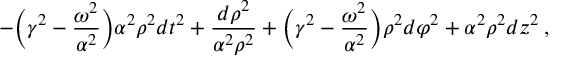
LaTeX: - { \biggl ( } \gamma ^ { 2 } - \frac { \omega ^ { 2 } } { \alpha ^ { 2 } } { \biggr ) } \alpha ^ { 2 } \rho ^ { 2 } d t ^ { 2 } + \frac { d \rho ^ { 2 } } { \alpha ^ { 2 } \rho ^ { 2 } } + { \biggl ( } \gamma ^ { 2 } - \frac { \omega ^ { 2 } } { \alpha ^ { 2 } } { \biggr ) } \rho ^ { 2 } d \varphi ^ { 2 } + \alpha ^ { 2 } \rho ^ { 2 } d z ^ { 2 } \: ,